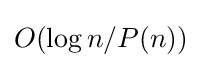
O(\log n/P(n))